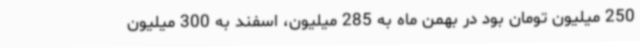
250 میلیون تومان بود در بهمن ماه به 285 میلیون، اسفند به 300 میلیون